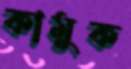
কামুক